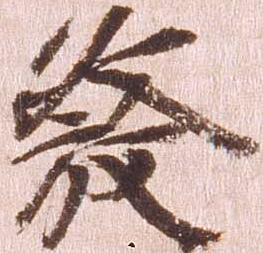
発